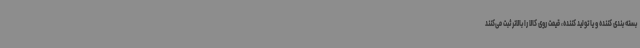
بسته بندی کننده و یا تولید کننده، قیمت روی کالا را بالاتر ثبت می‌کنند